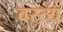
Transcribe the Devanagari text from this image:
वस्त्य